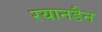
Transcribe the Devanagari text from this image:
रयानडैन